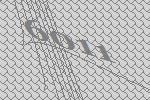
6011